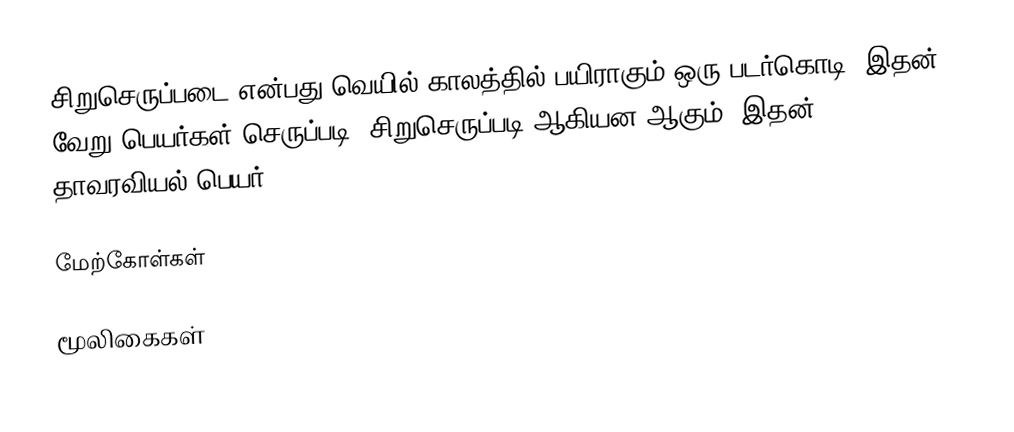
சிறுசெருப்படை என்பது வெயில் காலத்தில் பயிராகும் ஒரு படர்கொடி. இதன் வேறு பெயர்கள் செருப்படி, சிறுசெருப்படி ஆகியன ஆகும். இதன் தாவரவியல் பெயர் Mollugo lotoides.

மேற்கோள்கள்

மூலிகைகள்